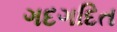
ગદગદિત